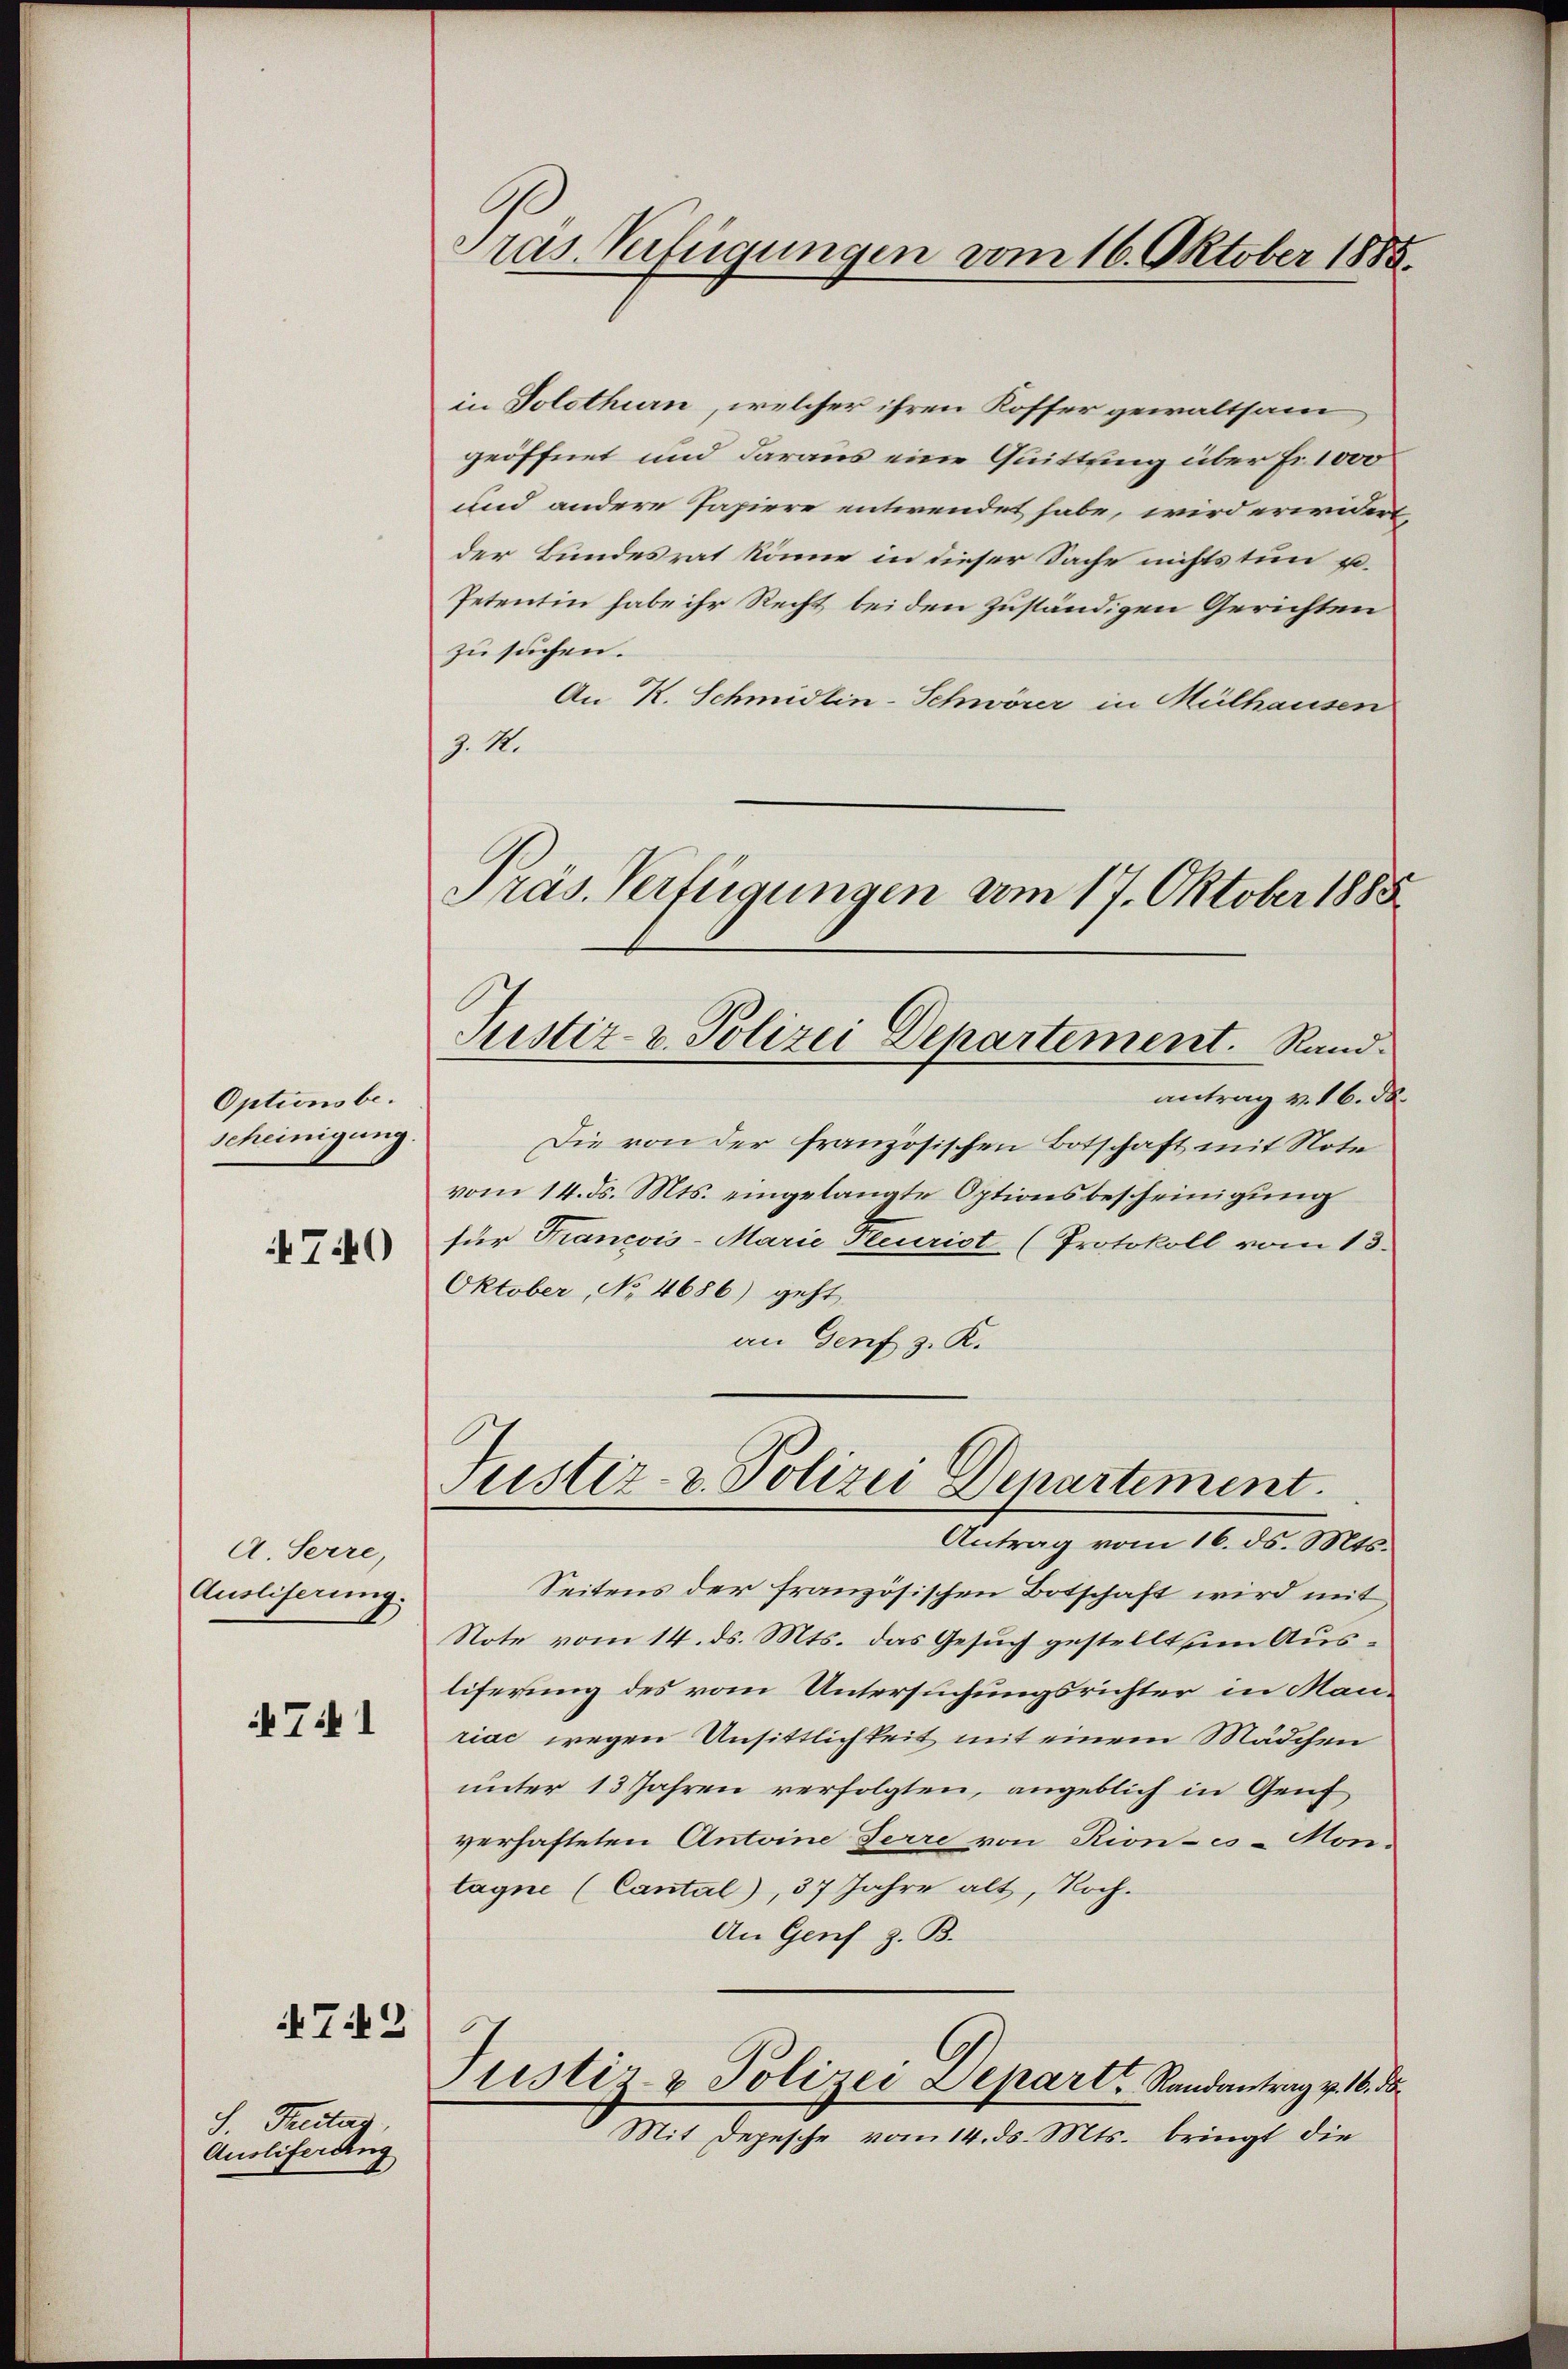
Optionsbescheinigung.

4740

A. Serre,
Auslieferung.

Tit I

72

S. Freitag,
Auslieferung

Präs. Verfügungen vom 16. Oktober 1885.

in Solothurn, welcher ihren Koffer gewaltsam
geöffnet und daraus eine Quittung über Fr. 1000
und andere Papiere entwendet habe, wird erwidert,
der Bundesrat könne in dieser Sache nichts tun u.
Petentin habe ihr Recht beiden zuständigen Gerichten
zu suchen.
An K. Schmidlin-Schwörer in Mülhausen
J. M.
Präs. Verfügungen vom 17. Oktober 1888

Justiz- & Polizei Departement. Rand.

Justiz- & Polizei Departement.
Antrag vom 16. ds. Mts.

antrag v. 16. d.
Die von der französischen Botschaft mit Note
vom 14. ds. Mts. eingelangte Optionsbescheinigung
für Francois-Marie Pecurist (Protokoll vom 13.
Oktober, No 4686) geht
an Genf z. K.

Seitens der französischen Botschaft wird mit
Note vom 14. ds. Mts. das Gesuch gestellt um Ausliferung des vom Untersuchungsrichter in Manriae wegen Ansittlichkeit mit einem Mädchen
unter 13 Jahren verfolgten, angeblich in Genf
verhafteten Antoine Ferre von Rion-es - Mon-
tagne (Cantal), 37 Jahre alt, Roch¬
An Genf z. B.
6
Justiz- & Polizei Depart Randantrag v. 16. ds
 Mit Depesche vom 14. ds. Mts. bringt die